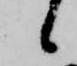
候